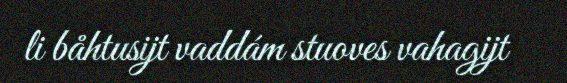
li båhtusijt vaddám stuoves vahagijt